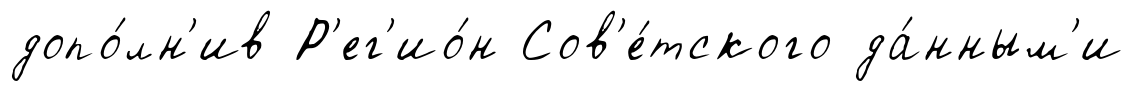
допо́лн'ив Р'ег'ио́н Сов'е́тского да́нным'и